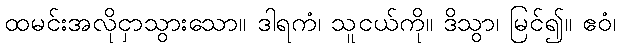
ထမင်းအလိုငှာသွားသော။ ဒါရကံ၊ သူငယ်ကို။ ဒိသွာ၊ မြင်၍။ ဧဝံ၊